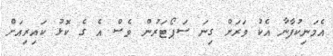
އެމަނިކުފާނާ އެކު ވަރަށް ގިނަ ސަޕޯޓަރުން ވެސް އެ ގެ ކޮޅު ކައިރިއަށް